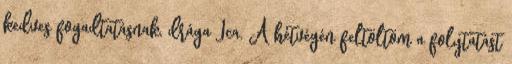
kedves fogadtatásnak, drága Ica. A hétvégén feltöltöm a folytatást